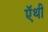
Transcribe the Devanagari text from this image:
ऍथी